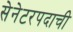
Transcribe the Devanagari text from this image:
सेनेटरपदाची